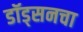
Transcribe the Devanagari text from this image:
डॉड्सनचा